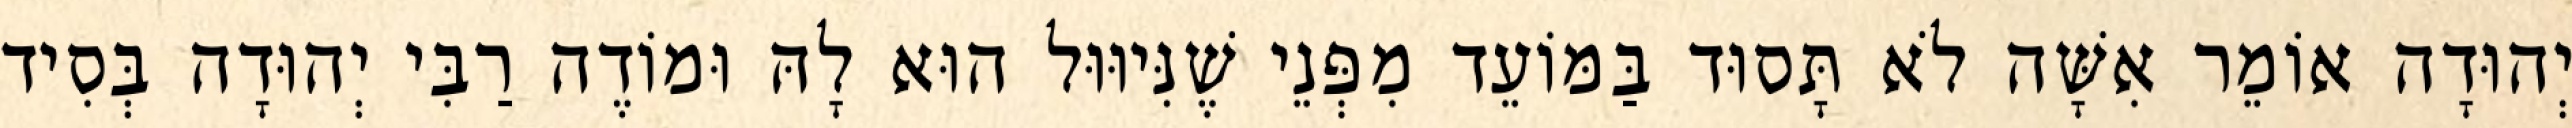
יְהוּדָה אוֹמֵר אִשָּׁה לֹא תָּסוּד בַּמּוֹעֵד מִפְּנֵי שֶׁנִּיוּוּל הוּא לָהּ וּמוֹדֶה רַבִּי יְהוּדָה בְּסִיד